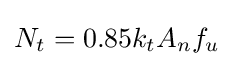
N_{t}=0.85k_{t}A_{n}f_{u}